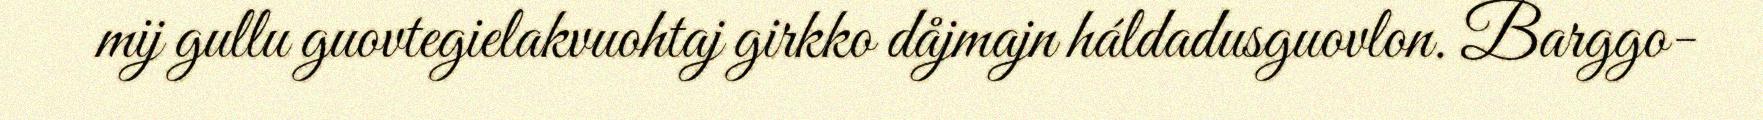
mij gullu guovtegielakvuohtaj girkko dåjmajn háldadusguovlon. Barggo-